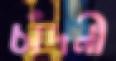
চাঁদনী